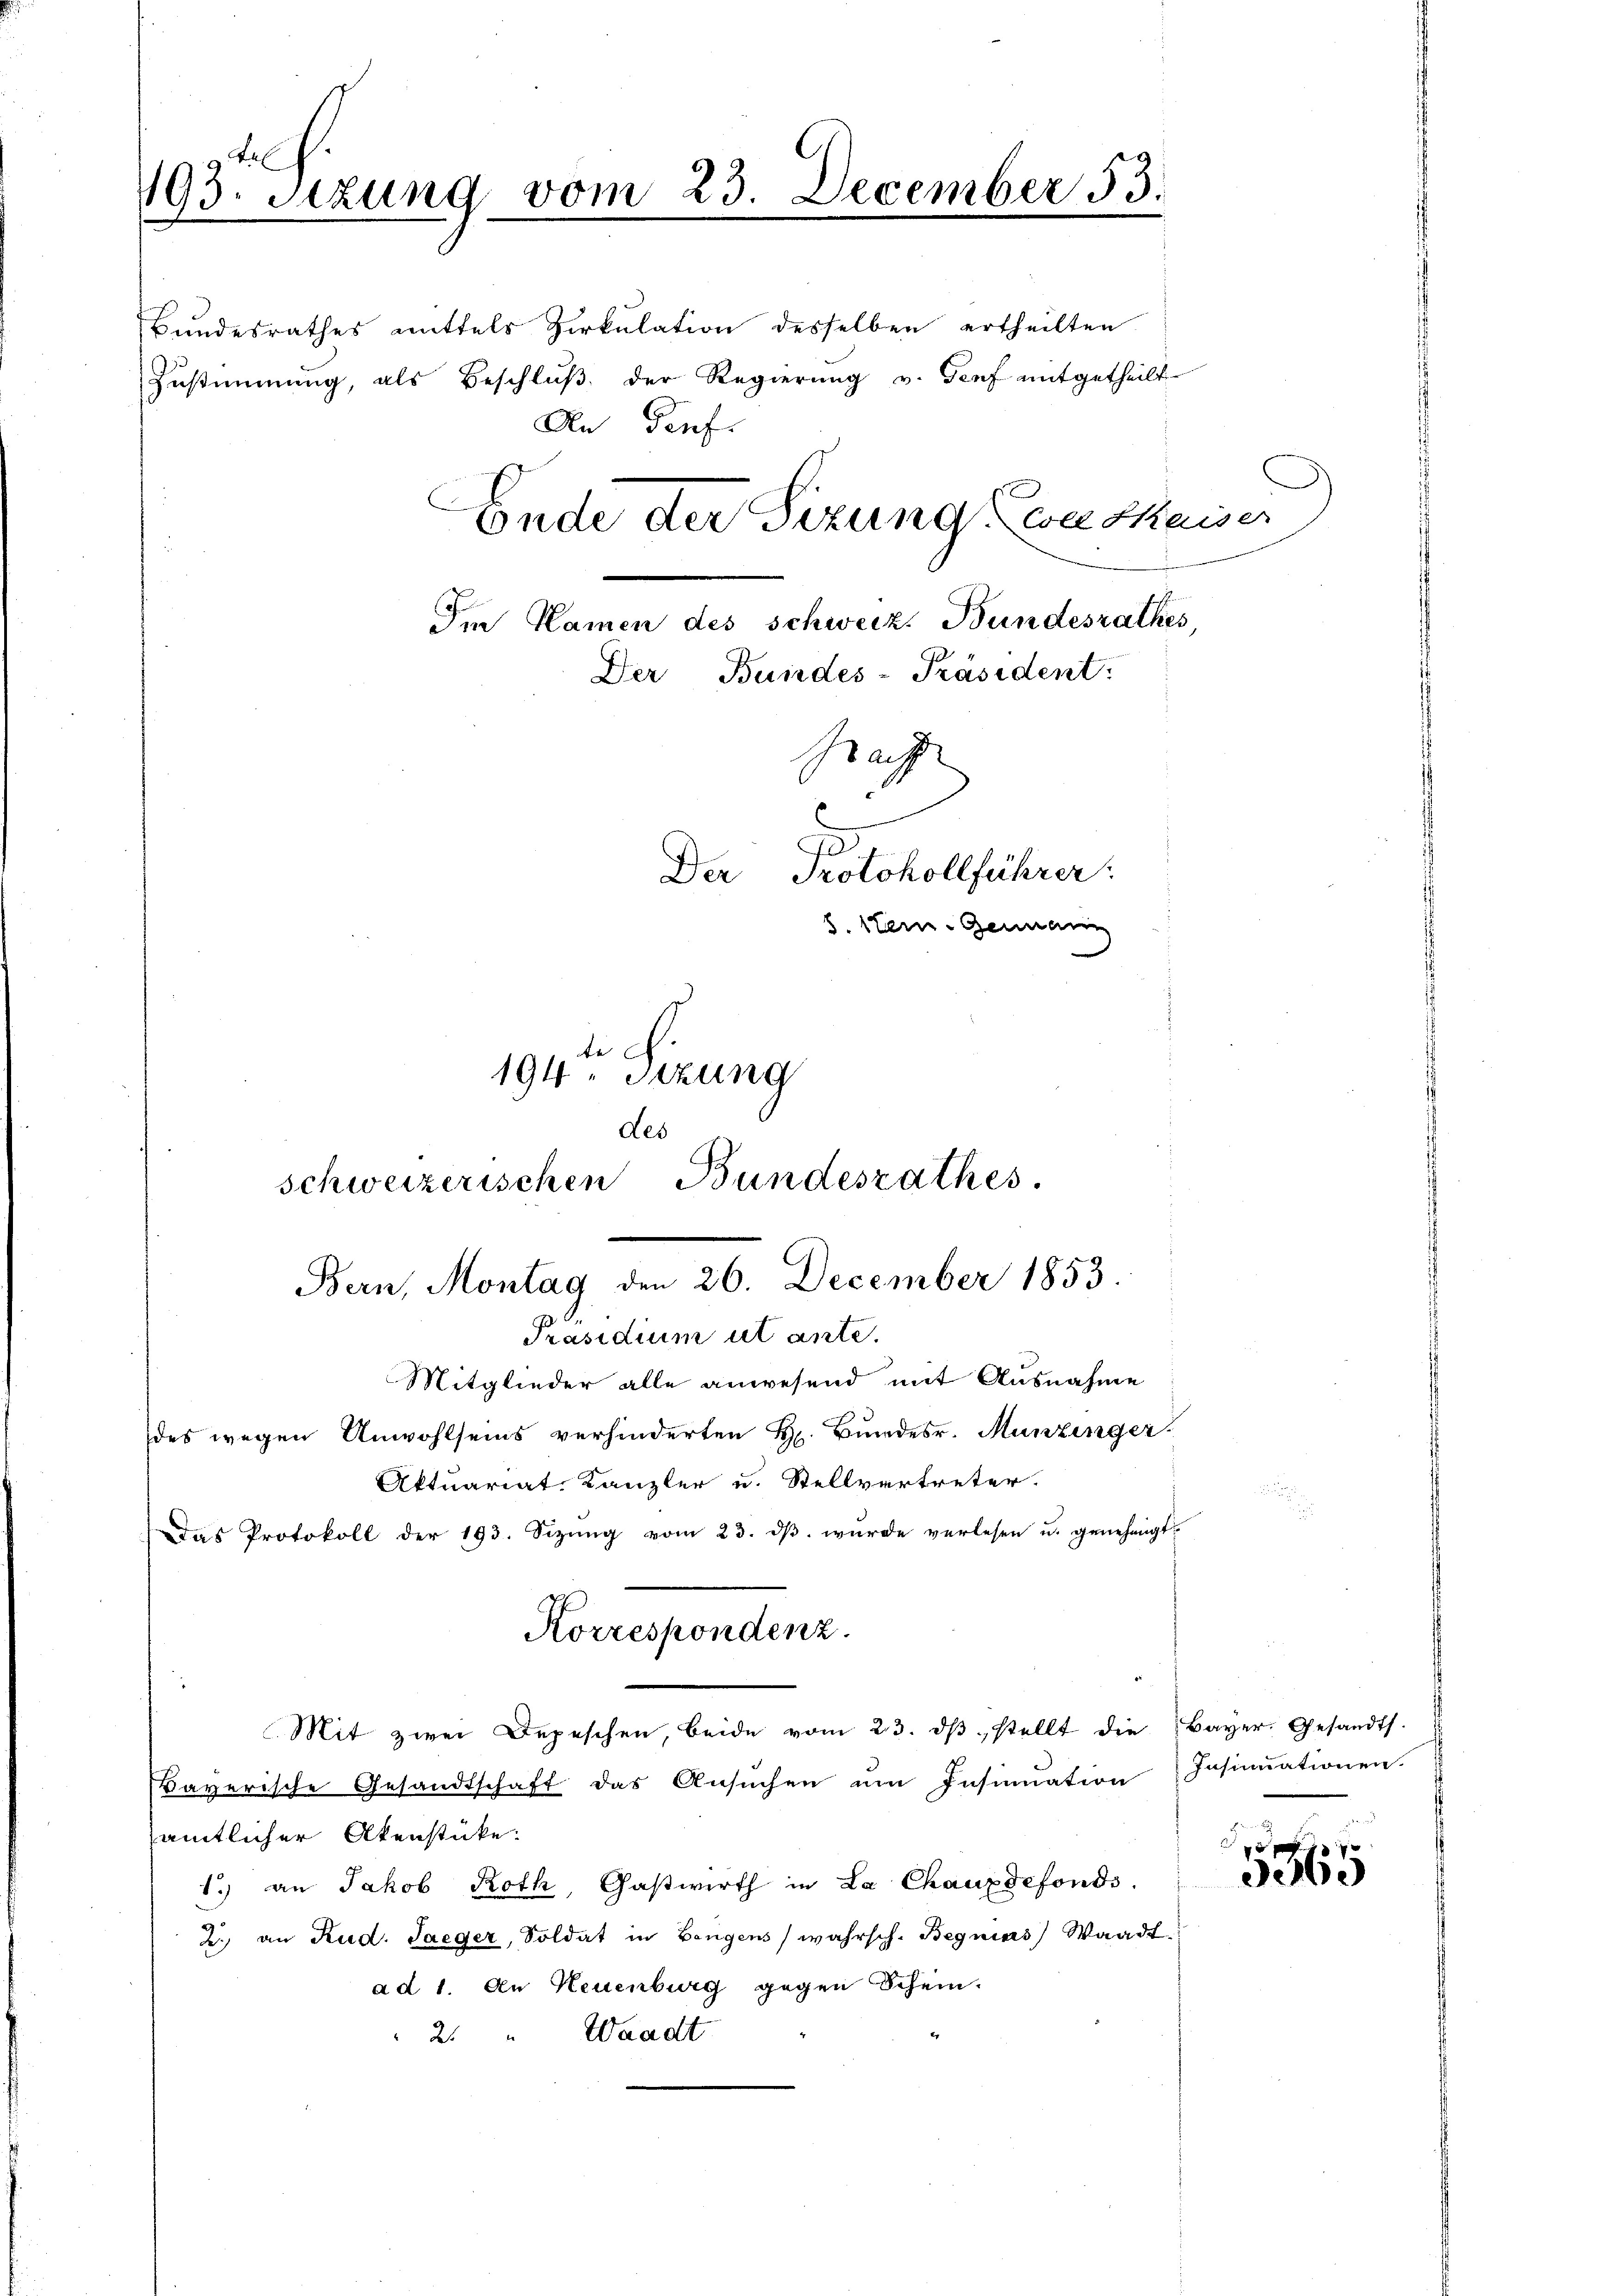
193. Sizung vom 23. December 53.

An Genf.
Ende der Sizung, von Skaiser
7
Im Namen des schweiz. Bundesrathes,
Der Bundes-Präsident.
Baff
Der Protokollführer:
8 kein Bernann
194ten Sizung
des
schweizerischen Bundesrathes.
Bern, Montag den 26. December 1853.

.
Mitglieder alle anwesend mit Ausnahme
des wegen Anwohlseins verhinderten H. Bundesr. Munzinger
Aktuariat Kanzler u. Stellvertreter.
Das Protokoll der 193. Sizŭng vom 23. dβ. wurde verlesen u. genehmigt

ayerische Gesandtschaft das Ansuchen im Insinuation
sämtlicher Akenstüke.
1.) an Jakob Roth, Gastwirth in La Chauxdefonds.
2., an Rud. Saeger, Soldat in Bengens wahrsch. Begnias Waadt
ad 1. An Neuenburg gegen Schein.
2. " Waadt

Bundesrathes mittels Sirkulation desselben ertheilten
Zustimmung, als Beschluß der Regierung v. Genf mitgetheilt

Präsidium ut ante.

Korrespondenz.
Mit zwei Depeschen, beide vom 23. ds. stellt die

Bayer. Gesandt.
Insinuationen.

g
3965